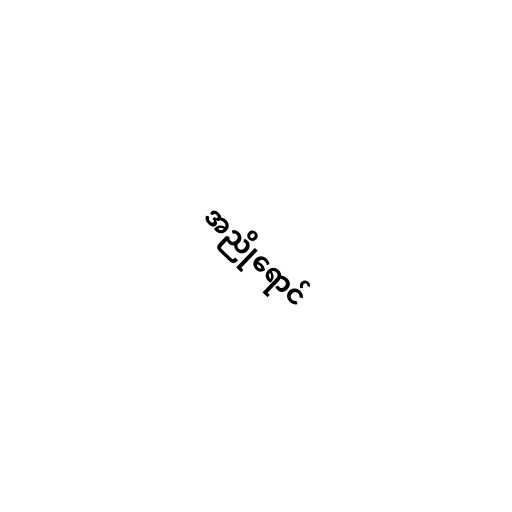
အညိုရောင်